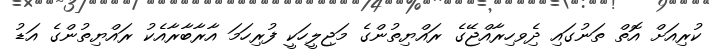
ކުރިއަށް އޮތް ތަނުގައި ދިެވހިރާއްޖޭގެ ރައްޔިތުންގެ މަޖިލީހަކީ ފުރިހަމަ އާރާބާރާއެކު ރައްޔިތުންގެ އަޑު